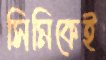
সিমিকেই